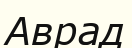
Аврад